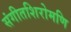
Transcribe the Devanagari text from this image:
संगीतशिरोमणि